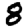
Digit: 8